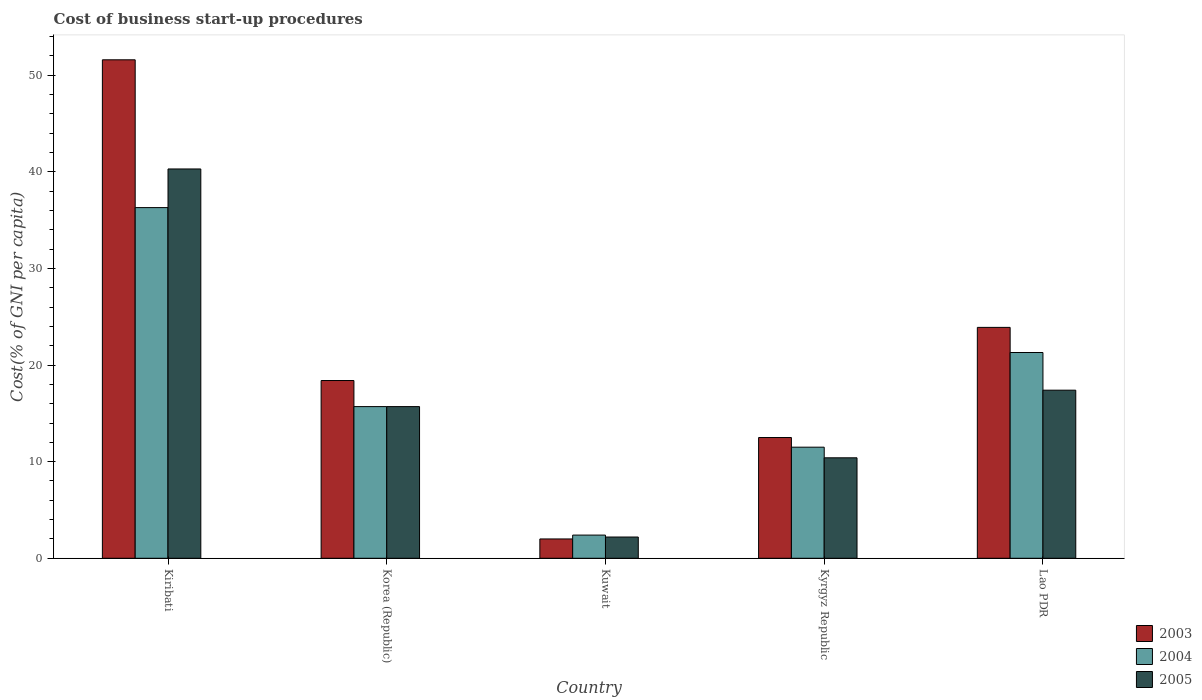
| Country | 2003 | 2004 | 2005 |
 | --- | --- | --- | --- |
 | Kiribati | 51.6 | 36.3 | 40.3 |
 | Korea (Republic) | 18.4 | 15.7 | 15.7 |
 | Kuwait | 2 | 2.4 | 2.2 |
 | Kyrgyz Republic | 12.5 | 11.5 | 10.4 |
 | Lao PDR | 23.9 | 21.3 | 17.4 |